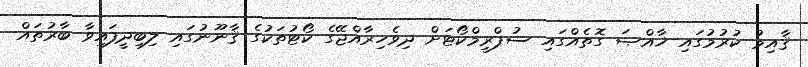
ޤާއިމު ކުރުމުގައި ޚާއްޞަ ގޮތެއްގައި ސުޕްރީމްކޯޓަށް ދިވެހިރާއްޖޭގެ ކޯޓުތަކުގެ ޤާނޫނުގައި ލިބިދީފައިވާ ބާރުތައް